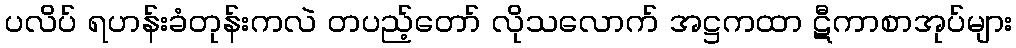
ပလိပ် ရဟန်းခံတုန်းကလဲ တပည့်တော် လိုသလောက် အဋ္ဌကထာ ဋီကာစာအုပ်များ